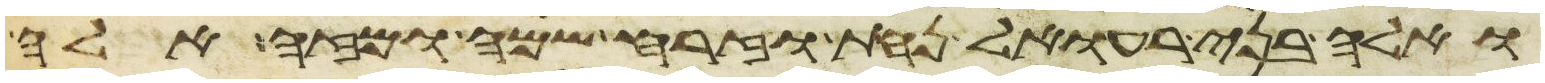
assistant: ואלה בני רעואל נחת וזרח שמח ומזה אלה